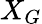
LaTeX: X_{G}